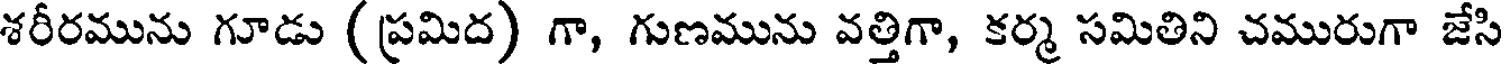
శరీరమును గూడు (ప్రమిద) గా, గుణమును వత్తిగా, కర్మ సమితిని చమురుగా జేసి